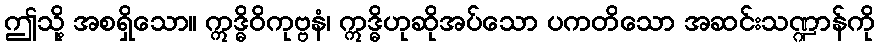
ဤသို့ အစရှိသော။ ဣဒ္ဓိဝိကုဗ္ဗနံ၊ ဣဒ္ဓိဟုဆိုအပ်သော ပကတိသော အဆင်းသဏ္ဍာန်ကို